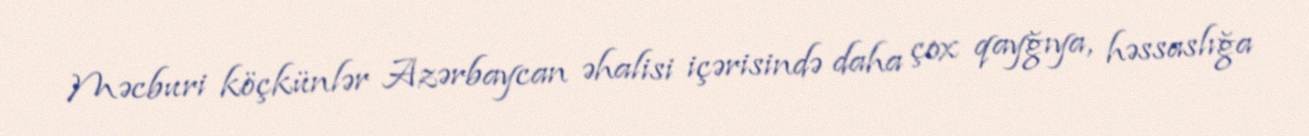
Məcburi köçkünlər Azərbaycan əhalisi içərisində daha çox qayğıya, həssaslığa